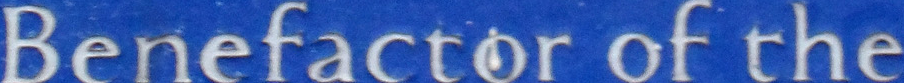
Benefactor of the